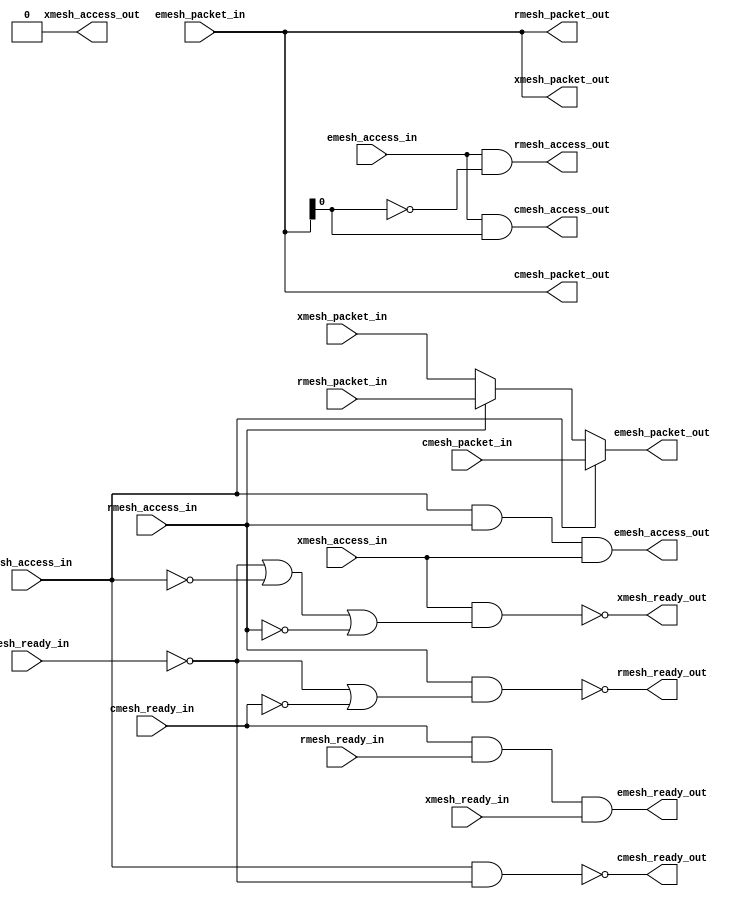
module emesh_if (
   cmesh_ready_out, cmesh_access_out, cmesh_packet_out,
   rmesh_ready_out, rmesh_access_out, rmesh_packet_out,
   xmesh_ready_out, xmesh_access_out, xmesh_packet_out,
   emesh_ready_out, emesh_access_out, emesh_packet_out,
   cmesh_access_in, cmesh_packet_in, cmesh_ready_in, rmesh_access_in,
   rmesh_packet_in, rmesh_ready_in, xmesh_access_in, xmesh_packet_in,
   xmesh_ready_in, emesh_access_in, emesh_packet_in, emesh_ready_in
   );
   parameter AW   = 32;   
   parameter PW   = 2*AW+40; 
   input 	   cmesh_access_in;
   input [PW-1:0]  cmesh_packet_in;
   output 	   cmesh_ready_out;
   output 	   cmesh_access_out;
   output [PW-1:0] cmesh_packet_out;
   input 	   cmesh_ready_in;
   input 	   rmesh_access_in;
   input [PW-1:0]  rmesh_packet_in;
   output 	   rmesh_ready_out;
   output 	   rmesh_access_out;
   output [PW-1:0] rmesh_packet_out;
   input 	   rmesh_ready_in;
   input 	   xmesh_access_in;
   input [PW-1:0]  xmesh_packet_in;
   output 	   xmesh_ready_out;  
   output 	   xmesh_access_out;
   output [PW-1:0] xmesh_packet_out;
   input 	   xmesh_ready_in;
   input 	   emesh_access_in;
   input [PW-1:0]  emesh_packet_in;
   output 	   emesh_ready_out;
   output 	   emesh_access_out;
   output [PW-1:0] emesh_packet_out;
   input 	   emesh_ready_in;
   assign cmesh_access_out = emesh_access_in & emesh_packet_in[0];
   assign rmesh_access_out = emesh_access_in & ~emesh_packet_in[0];
   assign xmesh_access_out = 1'b0;
   assign cmesh_packet_out[PW-1:0] = emesh_packet_in[PW-1:0];	 
   assign rmesh_packet_out[PW-1:0] = emesh_packet_in[PW-1:0];	 
   assign xmesh_packet_out[PW-1:0] = emesh_packet_in[PW-1:0];
   assign emesh_ready_out = cmesh_ready_in &
			    rmesh_ready_in &
			    xmesh_ready_in;
   assign emesh_access_out = cmesh_access_in &
			     rmesh_access_in &
			     xmesh_access_in;
   assign emesh_packet_out[PW-1:0] = cmesh_access_in ? cmesh_packet_in[PW-1:0] :
				     rmesh_access_in ? rmesh_packet_in[PW-1:0] :
				                       xmesh_packet_in[PW-1:0];
   assign cmesh_ready_out = ~(cmesh_access_in & ~emesh_ready_in);
   assign rmesh_ready_out = ~(rmesh_access_in & 
			    (~emesh_ready_in | ~cmesh_ready_in));
   assign xmesh_ready_out = ~(xmesh_access_in & 
			      (~emesh_ready_in | ~cmesh_access_in | ~rmesh_access_in));
endmodule